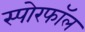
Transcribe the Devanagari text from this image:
स्पोरफॉल